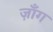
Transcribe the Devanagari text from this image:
ज़ाँग